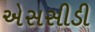
એસસીડી